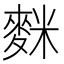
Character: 𪌬